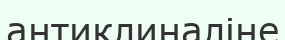
антиклиналіне